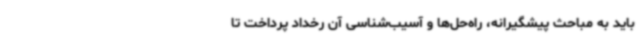
باید به مباحث پیشگیرانه، راه‌حل‌ها و آسیب‌شناسی آن رخداد پرداخت تا